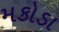
મકોડા